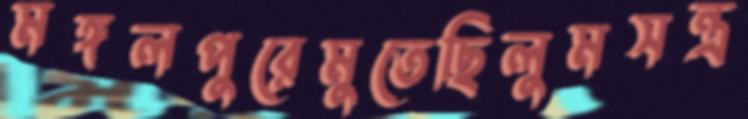
মঙ্গলপুরেমুতেছিলুমসন্ত্র